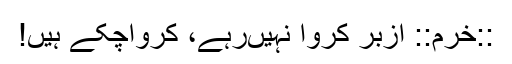
::خرم:: ازبر کروا نہیں‌رہے، کرواچکے ہیں!